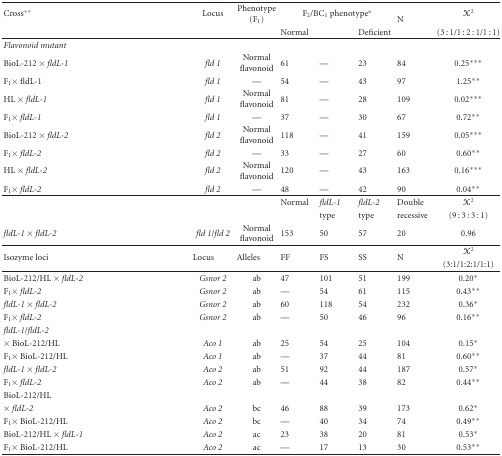
<table><thead><tr><td><b>Cross<sup>++</sup></b></td><td><b>Locus</b></td><td><b>Phenotype (F<sub>1</sub>)</b></td><td colspan="3"><b>F<sub>2</sub>/BC<sub>1</sub> phenotype<sup>a</sup></b></td><td rowspan="2"><b>N </b></td><td><b><i>X</i><sup>2</sup></b></td></tr><tr><td></td><td></td><td></td><td><b>Normal</b></td><td></td><td><b>Deficient</b></td><td><b>(3 : 1/1 : 2 : 1/1 : 1)</b></td></tr></thead><tbody><tr><td><i>Flavonoid mutant</i></td><td></td><td></td><td></td><td></td><td></td><td></td><td></td></tr><tr><td>BioL-212 × <i>fldL-1 </i></td><td><i>fld 1</i></td><td>Normal flavonoid</td><td>61</td><td>—</td><td>23</td><td>84</td><td>0.25***</td></tr><tr><td>F<sub>1</sub> × fldL-1</td><td><i>fld 1</i></td><td>—</td><td>54</td><td>—</td><td>43</td><td>97</td><td>1.25**</td></tr><tr><td>HL × <i>fldL-1 </i></td><td><i>fld 1</i></td><td>Normal flavonoid</td><td>81</td><td>—</td><td>28</td><td>109</td><td>0.02***</td></tr><tr><td>F<sub>1</sub> × <i>fldL-1 </i></td><td><i>fld 1</i></td><td>—</td><td>37</td><td>—</td><td>30</td><td>67</td><td>0.72**</td></tr><tr><td>BioL-212 × <i>fldL-2 </i></td><td><i>fld 2</i></td><td>Normal flavonoid</td><td>118</td><td>—</td><td>41</td><td>159</td><td>0.05***</td></tr><tr><td>F<sub>1</sub> × <i>fldL-2 </i></td><td><i>fld 2</i></td><td>—</td><td>33</td><td>—</td><td>27</td><td>60</td><td>0.60**</td></tr><tr><td>HL × <i>fldL-2 </i></td><td><i>fld 2</i></td><td>Normal flavonoid</td><td>120</td><td>—</td><td>43</td><td>163</td><td>0.16***</td></tr><tr><td>F<sub>1</sub> × <i>fldL-2 </i></td><td><i>fld 2</i></td><td>—</td><td>48</td><td>—</td><td>42</td><td>90</td><td>0.04**</td></tr><tr><td></td><td></td><td></td><td>Normal</td><td><i>fldL-1</i></td><td><i>fldL-2</i></td><td>Double</td><td><i>X</i><sup>2</sup></td></tr><tr><td></td><td></td><td></td><td></td><td>type</td><td>type</td><td>recessive</td><td>(9 : 3 : 3 : 1)</td></tr><tr><td><i>fldL-1</i> × <i>fldL-2 </i></td><td><i>fld 1</i>/<i>fld 2 </i></td><td>Normal flavonoid</td><td>153</td><td>50</td><td>57</td><td>20</td><td>0.96</td></tr><tr><td rowspan="2">Isozyme loci</td><td rowspan="2">Locus</td><td rowspan="2">Alleles</td><td rowspan="2">FF</td><td rowspan="2">FS</td><td rowspan="2">SS</td><td rowspan="2">N</td><td><i>X</i><sup>2</sup></td></tr><tr><td>(3:1/1:2:1/1:1)</td></tr><tr><td>BioL-212/HL × <i>fldL-2 </i></td><td><i>Gsnor 2</i></td><td>ab</td><td>47</td><td>101</td><td>51</td><td>199</td><td>0.20*</td></tr><tr><td>F<sub>1</sub> × <i>fldL-2 </i></td><td><i>Gsnor 2</i></td><td>ab</td><td>—</td><td>54</td><td>61</td><td>115</td><td>0.43**</td></tr><tr><td><i>fldL-1</i> × <i>fldL-2 </i></td><td><i>Gsnor 2</i></td><td>ab</td><td>60</td><td>118</td><td>54</td><td>232</td><td>0.36*</td></tr><tr><td>F<sub>1</sub> × <i>fldL-2 </i></td><td><i>Gsnor 2</i></td><td>ab</td><td>—</td><td>50</td><td>46</td><td>96</td><td>0.16**</td></tr><tr><td><i>fldL-1</i>/<i>fldL-2 </i></td><td></td><td></td><td></td><td></td><td></td><td></td><td></td></tr><tr><td>× BioL-212/HL</td><td><i>Aco 1</i></td><td>ab</td><td>25</td><td>54</td><td>25</td><td>104</td><td>0.15*</td></tr><tr><td>F<sub>1</sub> × BioL-212/HL</td><td><i>Aco 1</i></td><td>ab</td><td>—</td><td>37</td><td>44</td><td>81</td><td>0.60**</td></tr><tr><td><i>fldL-1</i> × <i>fldL-2 </i></td><td><i>Aco 2</i></td><td>ab</td><td>51</td><td>92</td><td>44</td><td>187</td><td>0.57*</td></tr><tr><td>F<sub>1</sub> × <i>fldL-2 </i></td><td><i>Aco 2</i></td><td>ab</td><td>—</td><td>44</td><td>38</td><td>82</td><td>0.44**</td></tr><tr><td>BioL-212/HL</td><td></td><td></td><td></td><td></td><td></td><td></td><td></td></tr><tr><td>× <i>fldL-2 </i></td><td><i>Aco 2</i></td><td>bc</td><td>46</td><td>88</td><td>39</td><td>173</td><td>0.62*</td></tr><tr><td>F<sub>1</sub> × BioL-212/HL</td><td><i>Aco 2</i></td><td>bc</td><td>—</td><td>40</td><td>34</td><td>74</td><td>0.49**</td></tr><tr><td>BioL-212/HL × <i>fldL-1 </i></td><td><i>Aco 2</i></td><td>ac</td><td>23</td><td>38</td><td>20</td><td>81</td><td>0.53*</td></tr><tr><td>F<sub>1</sub> × BioL-212/HL</td><td><i>Aco 2</i></td><td>ac</td><td>—</td><td>17</td><td>13</td><td>30</td><td>0.53**</td></tr></tbody></table>